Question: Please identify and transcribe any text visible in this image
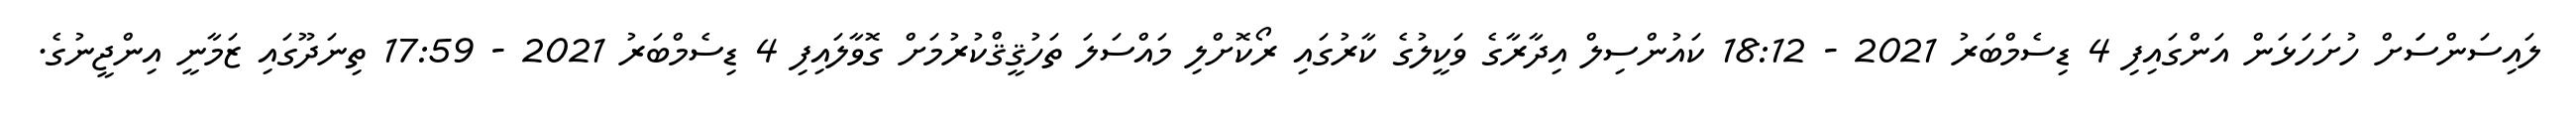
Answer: ލައިސަންސަަށް ހުށަހަޅަން އަންގައިފި 4 ޑިސެމްބަރު 2021 - 18:12 ކައުންސިލް އިދާރާގެ ވަކީލުގެ ކާރުގައި ރޯކޮށްލި މައްސަލަ ތަހުޤީޤްކުރުމަށް ގޮވާލައިފި 4 ޑިސެމްބަރު 2021 - 17:59 ތިނަދޫގައި ޒަމާނީ އިންޖީނުގެ.